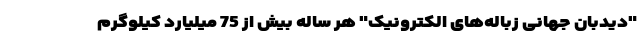
"دیدبان جهانی زباله‌های الکترونیک" هر ساله بیش از 75 میلیارد کیلوگرم